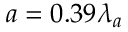
a = 0 . 3 9 \lambda _ { a }